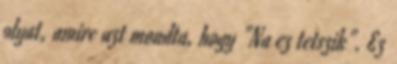
olyat, amire azt mondta, hogy "Na ez tetszik". Ez